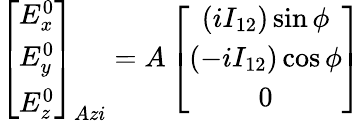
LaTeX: \left[\begin{array}{c}{E_{x}^{0}}\\ {E_{y}^{0}}\\ {E_{z}^{0}}\end{array}\right]_{Azi}=A\left[\begin{array}{c}{\left(iI_{12}\right)\sin\phi}\\ {\left(-iI_{12}\right)\cos\phi}\\ {0}\end{array}\right]